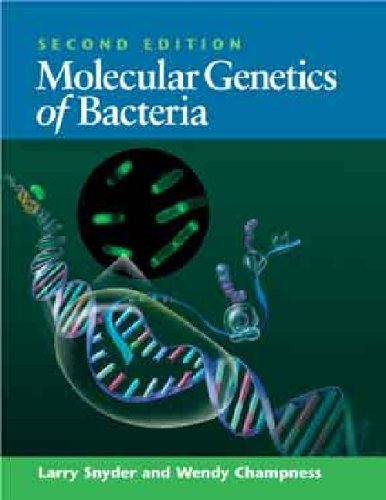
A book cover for Molecular Genetics of Bacteria; Larry Snyder; Medical Books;